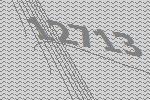
12713